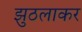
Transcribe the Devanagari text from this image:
झुठलाकर